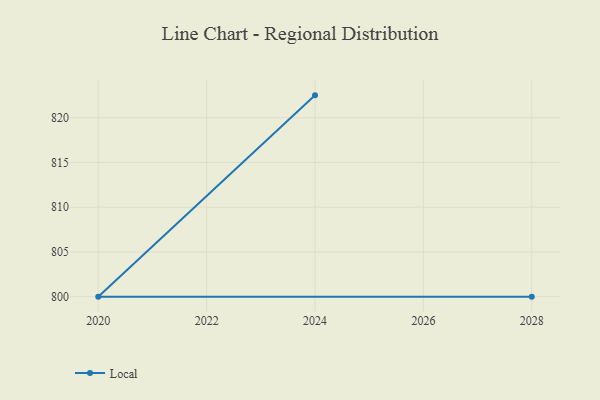
{"axis": {"x": "Year", "y": "Inventory Turnover"}, "legend": ["Local"], "data": [{"x": "2024", "y": 822.5, "type": "Local"}, {"x": "2020", "y": 800, "type": "Local"}, {"x": "2028", "y": 800, "type": "Local"}]}